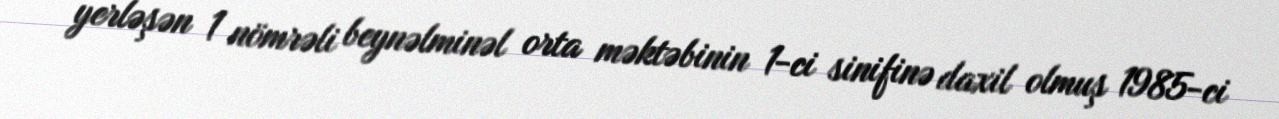
yerləşən 1 nömrəli beynəlminəl orta məktəbinin 1-ci sinifinə daxil olmuş 1985-ci